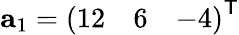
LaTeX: \mathbf{a}_{1}={\left(\begin{array}{lll}{12}&{6}&{-4}\end{array}\right)}^{\textsf{T}}